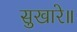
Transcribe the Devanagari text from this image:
सुखारे॥